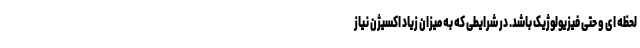
لحظه ای و حتی فیزیولوژیک باشد. در شرایطی که به میزان زیاد اکسیژن نیاز